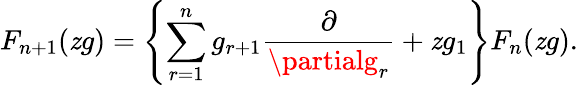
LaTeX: F_{n+1}(\mathit{z}g)=\left\{ \sum_{r=1}^{n}g_{r+1}\frac{{\partial}}{{\partialg_{r}}}+\mathit{z}g_{1}\right\} F_{n}(\mathit{z}g).